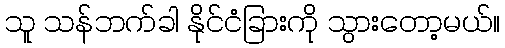
သူ သန်ဘက်ခါ နိုင်ငံခြားကို သွားတော့မယ်။